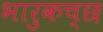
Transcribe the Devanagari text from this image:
भारुकच्छ